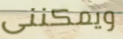
ويمكننى